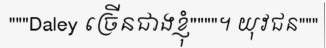
"""Daley ច្រើនជាងខ្ញុំ""""។ យុវជន"""